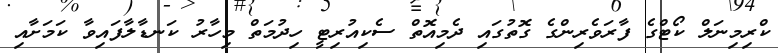
ކްރިމިނަލް ކޯޓްގެ ފާރަވެރިންގެ ގޮތުގައި ދެމިއޮތް ސެކިއުރިޓީ ހިދުމަތް މިހާރު ކަނޑާލާފައިވާ ކަމަށާއި